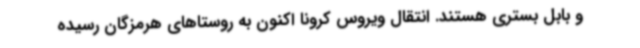
و بابل بستری هستند. انتقال ویروس کرونا اکنون به روستاهای هرمزگان رسیده